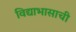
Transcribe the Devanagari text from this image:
विद्याभासाची